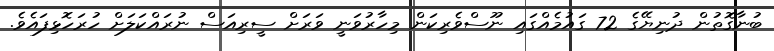
ބުނާގޮތުން ދުނިޔޭގެ 72 ގައުމެއްގައި ނޫސްވެރިކަން މިހާރުވަނީ ވަރަށް ސީރިއަސް ނުރައްކަލަށް ހުރަހޮޅިފައެވެ.